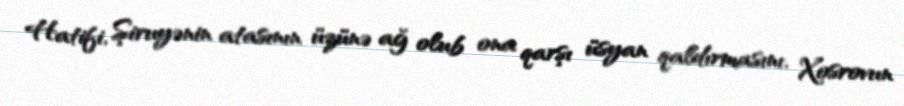
Hatifi, Şiruyənin atasının üzünə ağ olub ona qarşı üsyan qaldırmasını, Xosrovun